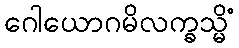
ဂေါယောဂမိလက္ခသ္မိံ